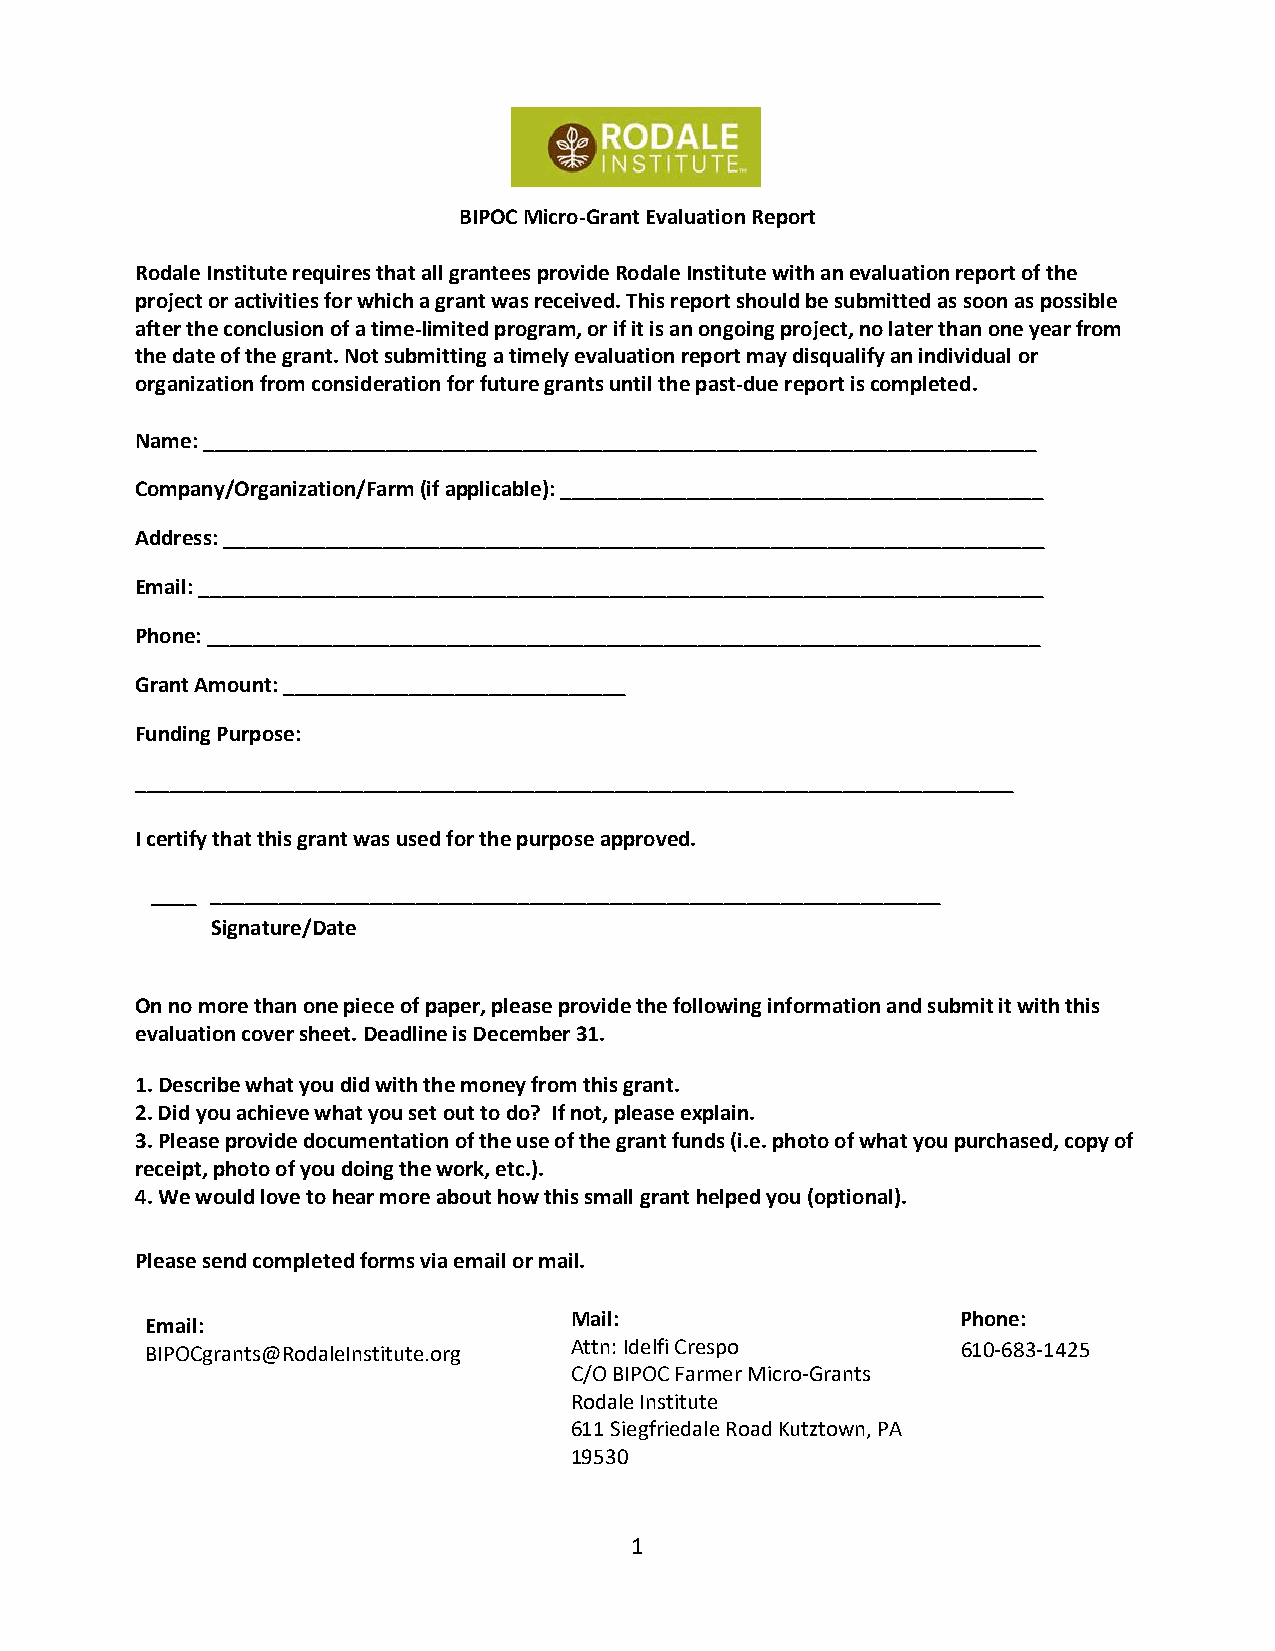
BIPOC Micro-Grant Evaluation Report
 Rodale Institute requires that all grantees provide Rodale Institute with an evaluation report of the
 project or activities for which a grant was received. This report should be submitted as soon as possible
 after the conclusion of a time-limited program, or if it is an ongoing project, no later than one year from
 the date of the grant. Not submitting a timely evaluation report may disqualify an individual or
 organization from consideration for future grants until the past-due report is completed.
 Name: _________________________________________________________________________
 Company/Organization/Farm (if applicable): __________________________________________
 Address: ________________________________________________________________________
 Email: __________________________________________________________________________
 Phone: _________________________________________________________________________
 Grant Amount: ______________________________
 Funding Purpose:
 _____________________________________________________________________________
 I certify that this grant was used for the purpose approved.
 ____ ________________________________________________________________
 Signature/Date
 On no more than one piece of paper, please provide the following information and submit it with this
 evaluation cover sheet. Deadline is December 31.
 1.Describe what you did with the money from this grant.
 2.Did you achieve what you set out to do? If not, please explain.
 3.Please provide documentation of the use of the grant funds (i.e. photo of what you purchased, copy of
 receipt, photo of you doing the work, etc.).
 4.We would love to hear more about how this small grant helped you (optional).
 Please send completed forms via email or mail.
 Mail:                     Phone:
 Email:
 BIPOCgrants@RodaleInstitute.org Attn: Idelfi Crespo   610-683-1425
 C/O BIPOC Farmer Micro-Grants
 Rodale Institute
 611 Siegfriedale Road Kutztown, PA
 19530
 1